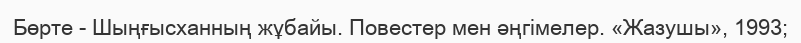
Бөрте - Шыңғысханның жұбайы. Повестер мен әңгімелер. «Жазушы», 1993;